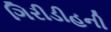
ગિરીડીહની